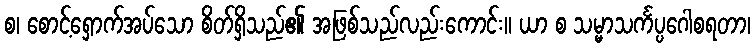
စ၊ စောင့်ရှောက်အပ်သော စိတ်ရှိသည်၏ အဖြစ်သည်လည်းကောင်း။ ယာ စ သမ္မာသင်္ကပ္ပဂေါစရတာ၊